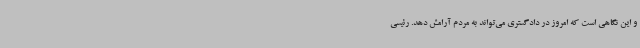
و این نگاهی است که امروز در دادگستری می‌تواند به مردم آرامش دهد. رئیسی